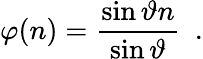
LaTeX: \varphi(n)=\frac{\sin\vartheta n}{\sin\vartheta}\ \ .